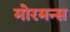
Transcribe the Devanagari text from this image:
मोरमन्स